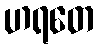
ဟရတေ